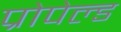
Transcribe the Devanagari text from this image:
प्रोपेल्ड